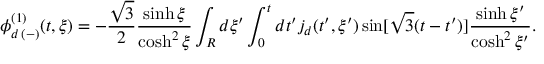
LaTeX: \phi _ { d \, ( - ) } ^ { ( 1 ) } ( t , \xi ) = - \frac { \sqrt { 3 } } { 2 } \frac { \sinh \xi } { \cosh ^ { 2 } \xi } \int _ { R } d \xi ^ { \prime } \int _ { 0 } ^ { t } d t ^ { \prime } j _ { d } ( t ^ { \prime } , \xi ^ { \prime } ) \sin [ \sqrt { 3 } ( t - t ^ { \prime } ) ] \frac { \sinh \xi ^ { \prime } } { \cosh ^ { 2 } \xi ^ { \prime } } .